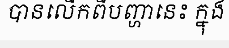
បានលើកពីបញ្ហានេះ ក្នុង